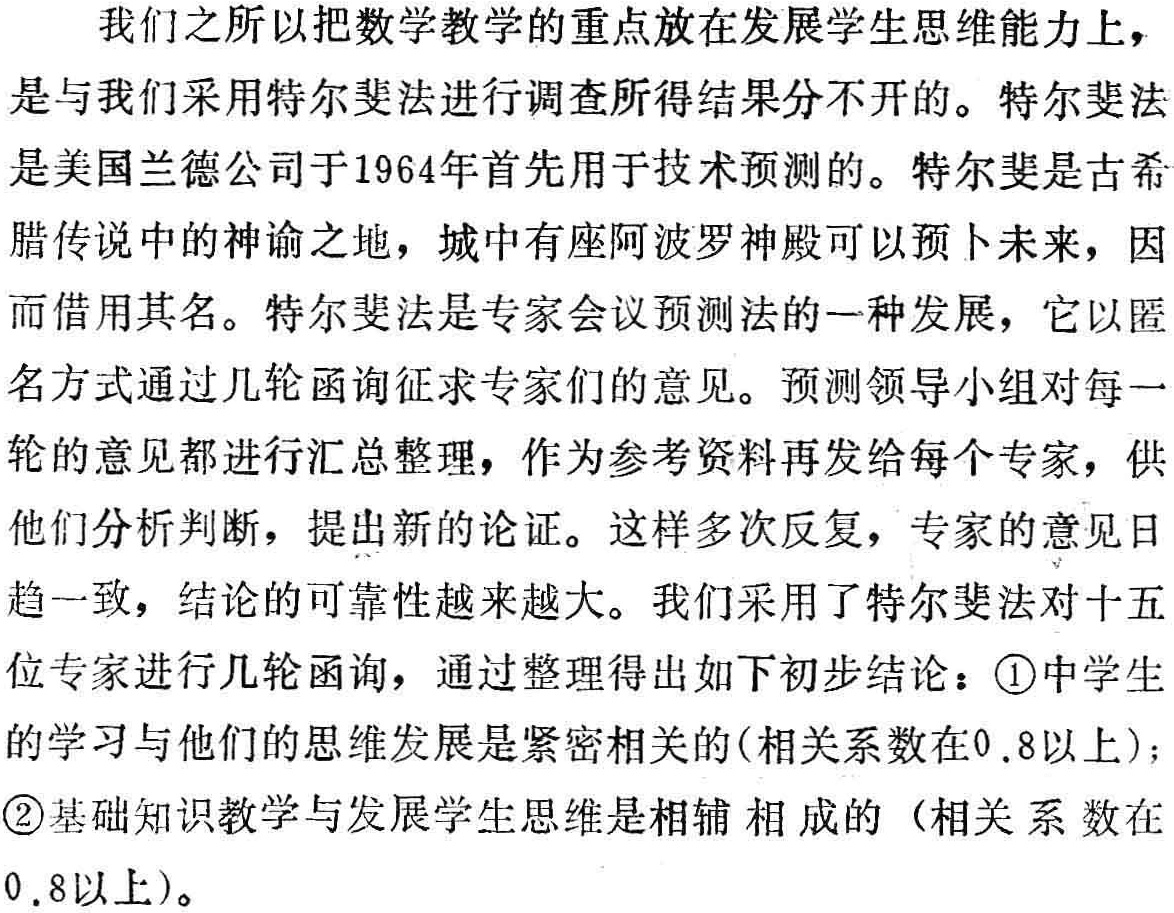
我们之所以把数学教学的重点放在发展学生思维能力上，是与我们采用特尔斐法进行调查所得结果分不开的。特尔斐法是美国兰德公司于1964年首先用于技术预测的。特尔斐是古希腊传说中的神谕之地，城中有座阿波罗神殿可以预卜未来，因而借用其名。特尔斐法是专家会议预测法的一种发展，它以匿名方式通过几轮函询征求专家们的意见。预测领导小组对每一轮的意见都进行汇总整理，作为参考资料再发给每个专家，供他们分析判断，提出新的论证。这样多次反复，专家的意见日趋一致，结论的可靠性越来越大。我们采用了特尔斐法对十五位专家进行几轮函询，通过整理得出如下初步结论：\textcircled{1}中学生的学习与他们的思维发展是紧密相关的(相关系数在0.8以上)；\textcircled{2}基础知识教学与发展学生思维是相辅相成的（相关系数在0.8以上)。